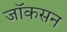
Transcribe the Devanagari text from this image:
जॉकसन